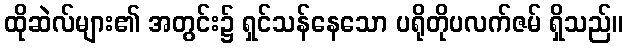
ထိုဆဲလ်များ၏ အတွင်း၌ ရှင်သန်နေသော ပရိုတိုပလက်ဇမ် ရှိသည်။